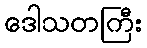
ဒေါသတကြီး